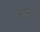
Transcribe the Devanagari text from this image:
ओसा